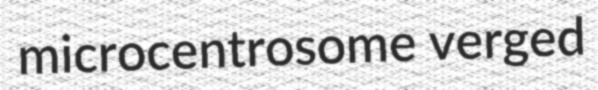
microcentrosome verged